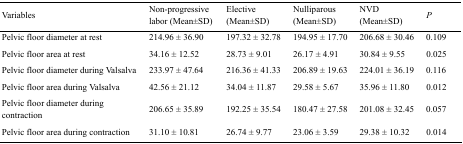
<table><thead><tr><td><b>Variables</b></td><td><b>Non-progressive labor (Mean±SD)</b></td><td><b>Elective (Mean±SD)</b></td><td><b>Nulliparous (Mean±SD)</b></td><td><b>NVD (Mean±SD)</b></td><td><b><i>P</i></b></td></tr></thead><tbody><tr><td>Pelvic floor diameter at rest</td><td>214.96 ± 36.90</td><td>197.32 ± 32.78</td><td>194.95 ± 17.70</td><td>206.68 ± 30.46</td><td>0.109</td></tr><tr><td>Pelvic floor area at rest</td><td>34.16 ± 12.52</td><td>28.73 ± 9.01</td><td>26.17 ± 4.91</td><td>30.84 ± 9.55</td><td>0.025</td></tr><tr><td>Pelvic floor diameter during Valsalva</td><td>233.97 ± 47.64</td><td>216.36 ± 41.33</td><td>206.89 ± 19.63</td><td>224.01 ± 36.19</td><td>0.116</td></tr><tr><td>Pelvic floor area during Valsalva</td><td>42.56 ± 21.12</td><td>34.04 ± 11.87</td><td>29.58 ± 5.67</td><td>35.96 ± 11.80</td><td>0.012</td></tr><tr><td>Pelvic floor diameter during contraction</td><td>206.65 ± 35.89</td><td>192.25 ± 35.54</td><td>180.47 ± 27.58</td><td>201.08 ± 32.45</td><td>0.057</td></tr><tr><td>Pelvic floor area during contraction</td><td>31.10 ± 10.81</td><td>26.74 ± 9.77</td><td>23.06 ± 3.59</td><td>29.38 ± 10.32</td><td>0.014</td></tr></tbody></table>